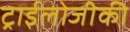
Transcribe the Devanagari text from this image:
ट्राईलोजीकी